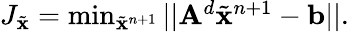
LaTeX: \begin{array}{r}{J_{\tilde{\mathbf{x}}}=\operatorname*{min}_{\tilde{\mathbf{x}}^{n+1}}||\mathbf{A}^{d}\tilde{\mathbf{x}}^{n+1}-\mathbf{b}||.}\end{array}